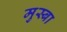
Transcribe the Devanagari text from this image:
मुस्बा